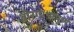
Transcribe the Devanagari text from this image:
वीरगाथापूर्ण